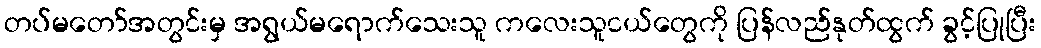
တပ်မတော်အတွင်းမှ အရွယ်မရောက်သေးသူ ကလေးသူငယ်တွေကို ပြန်လည်နုတ်ထွက် ခွင့်ပြုပြီး